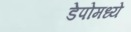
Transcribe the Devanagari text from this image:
डेपोमध्ये